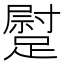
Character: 𨄯